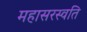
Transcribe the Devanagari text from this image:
महासरस्वति